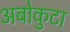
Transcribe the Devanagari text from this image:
अबोकुटा